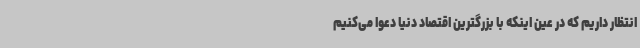
انتظار داریم که در عین اینکه با بزرگترین اقتصاد دنیا دعوا می‌کنیم